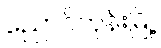
ညောင်တုန်းမြို့